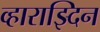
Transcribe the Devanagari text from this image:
व्हाराझ्दिन